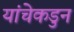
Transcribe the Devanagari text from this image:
यांचेकडुन